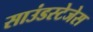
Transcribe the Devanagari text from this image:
साउंडस्टेजेस